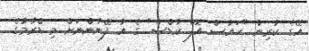
އޭގެ ކުރިން "ހައުސް އޮފް ކާޑްސް" ގެ އާ ފޭނުންނަށް މި ޑްރާމާގެ